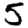
Digit: 5